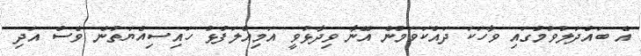
އެ ބައްދަލުވުމުގައި ވާހަކަ ދައްކަވަމުން އޭނާ ވިދާޅުވީ އަމިއްލަފުޅު ހައިސިއްޔަތުން ވެސް އަދި